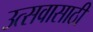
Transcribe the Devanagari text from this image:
उत्सवासाठीं